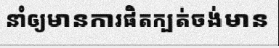
នាំឲ្យមានការផិតក្បត់ចង់មាន